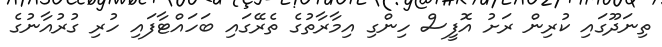
ތިނަދޫގައި ކުރިން ރަށު އޮފީސް ހިންގި އިމާރާތުގެ ތެރޭގައި ބަހައްޓާފައި ހުރި ގުރުއާނުގެ